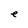
Character: e